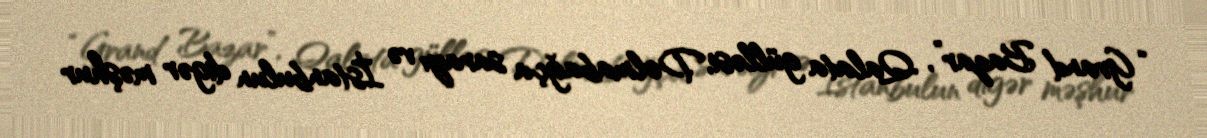
“Grand Bazar”, Qalata gülləsi, Dolmabağça sarayı və İstanbulun digər məşhur